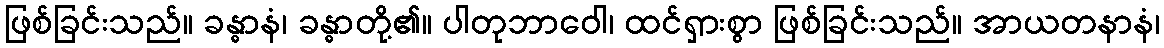
ဖြစ်ခြင်းသည်။ ခန္ဓာနံ၊ ခန္ဓာတို့၏။ ပါတုဘာဝေါ၊ ထင်ရှားစွာ ဖြစ်ခြင်းသည်။ အာယတနာနံ၊